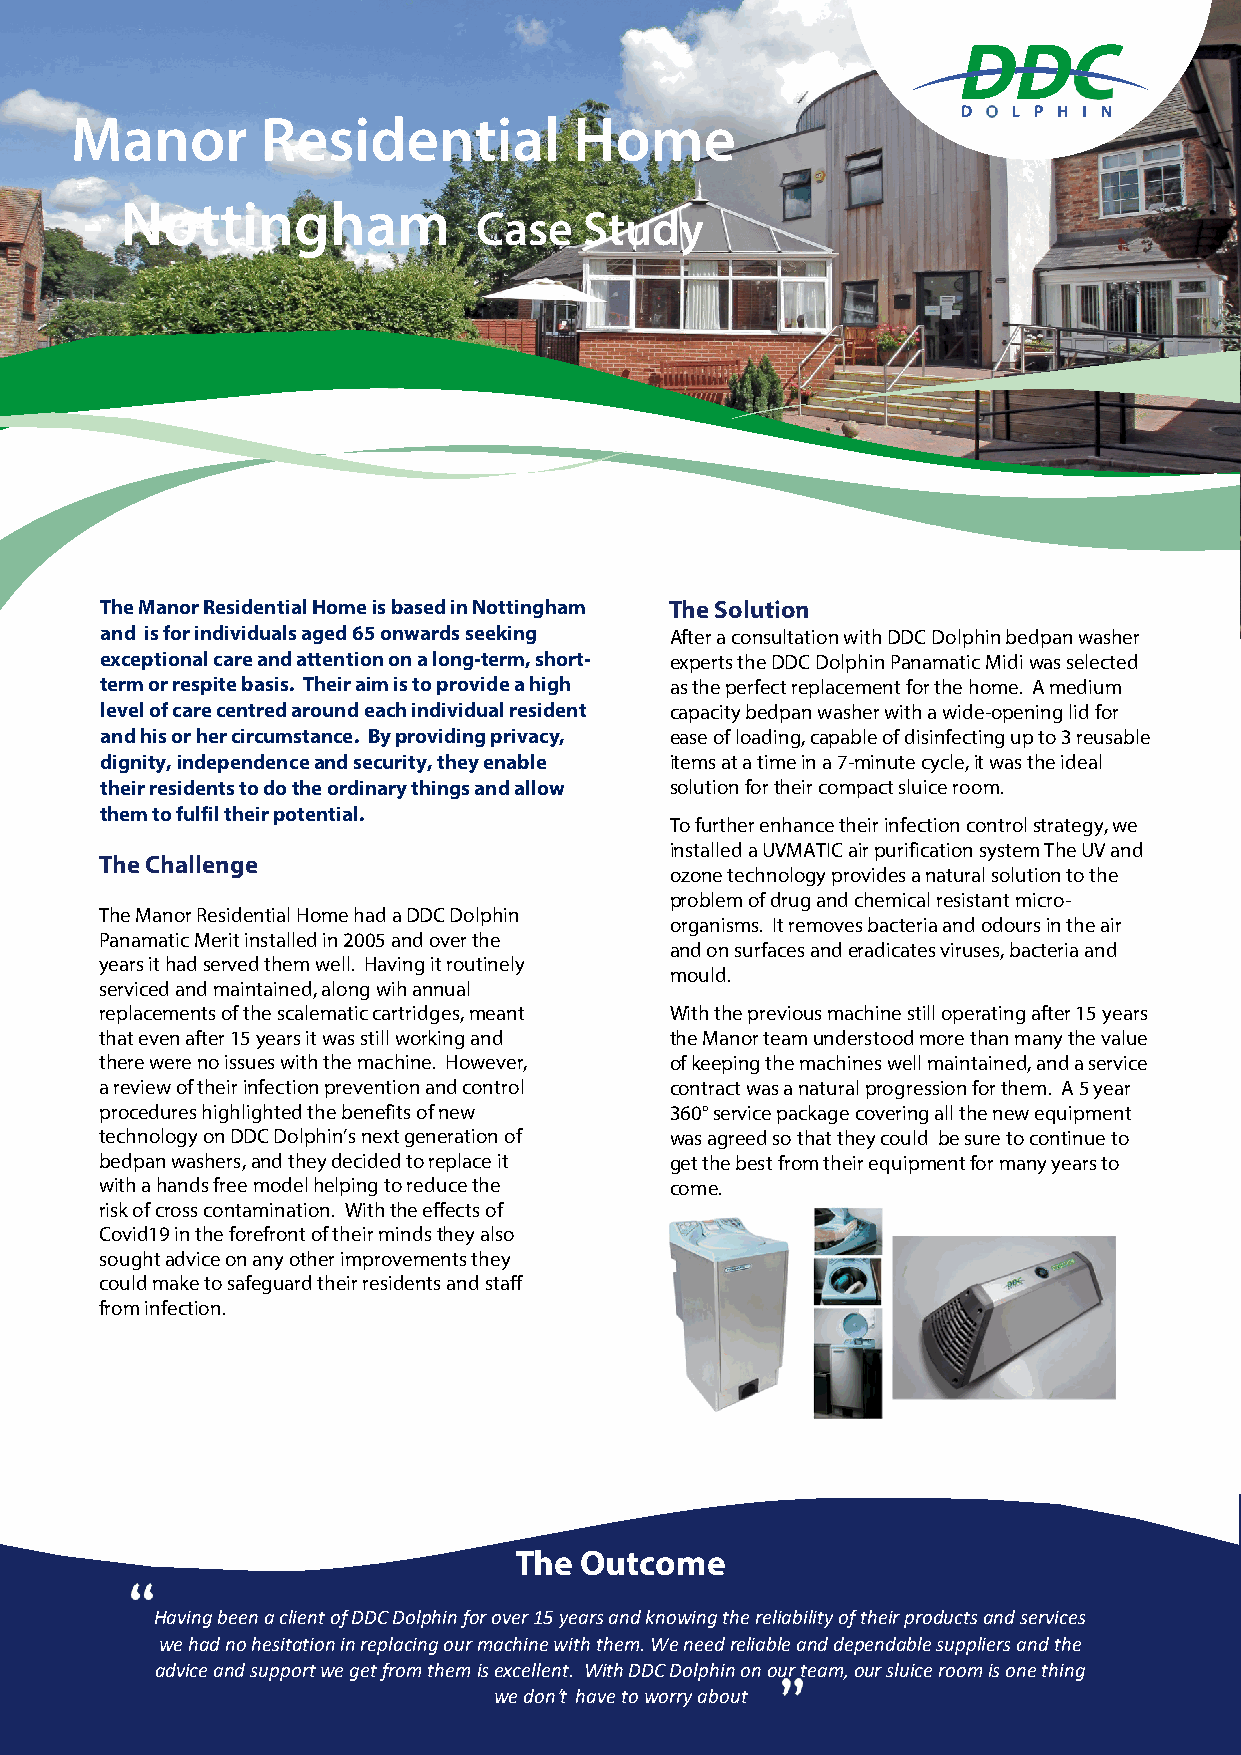
Manor       Residential          Home
 - Nottingham
 Case   Study
 The Manor Residential Home is based in Nottingham The Solution
 and is for individuals aged 65 onwards seeking After a consultation with DDC Dolphin bedpan washer
 exceptional care and attention on a long-term, short- experts the DDC Dolphin Panamatic Midi was selected
 term or respite basis. Their aim is to provide a high as the perfect replacement for the home. A medium
 level of care centred around each individual resident capacity bedpan washer with a wide-opening lid for
 and his or her circumstance. By providing privacy, ease of loading, capable of disinfecting up to 3 reusable
 dignity, independence and security, they enable items at a time in a 7-minute cycle, it was the ideal
 their residents to do the ordinary things and allow solution for their compact sluice room.
 them to fulfil their potential.
 To further enhance their infection control strategy, we
 installed a UVMATIC air purification system The UV and
 The Challenge
 ozone technology provides a natural solution to the
 problem of drug and chemical resistant micro-
 The Manor Residential Home had a DDC Dolphin
 organisms. It removes bacteria and odours in the air
 Panamatic Merit installed in 2005 and over the
 and on surfaces and eradicates viruses, bacteria and
 years it had served them well. Having it routinely
 mould.
 serviced and maintained, along wih annual
 replacements of the scalematic cartridges, meant With the previous machine still operating after 15 years
 that even after 15 years it was still working and the Manor team understood more than many the value
 there were no issues with the machine. However, of keeping the machines well maintained, and a service
 a review of their infection prevention and control contract was a natural progression for them. A 5 year
 procedures highlighted the benefits of new 360° service package covering all the new equipment
 technology on DDC Dolphin’s next generation of was agreed so that they could be sure to continue to
 bedpan washers, and they decided to replace it get the best from their equipment for many years to
 with a hands free model helping to reduce the come.
 risk of cross contamination. With the effects of
 Covid19 in the forefront of their minds they also
 sought advice on any other improvements they
 could make to safeguard their residents and staff
 from infection.
 The Outcome
 Having been a client of DDC Dolphin for over 15 years and knowing the reliability of their products and services
 we had no hesitation in replacing our machine with them. We need reliable and dependable suppliers and the
 advice and support we get from them is excellent. With DDC Dolphin on our team, our sluice room is one thing
 we don’t have to worry about